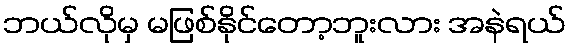
ဘယ်လိုမှ မဖြစ်နိုင်တော့ဘူးလား အနဲရယ်